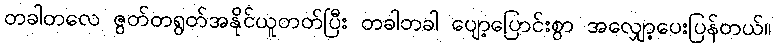
တခါတလေ ဇွတ်တရွတ်အနိုင်ယူတတ်ပြီး တခါတခါ ပျော့ပြောင်းစွာ အလျှော့ပေးပြန်တယ်။